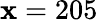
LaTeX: \mathbf{x}=205